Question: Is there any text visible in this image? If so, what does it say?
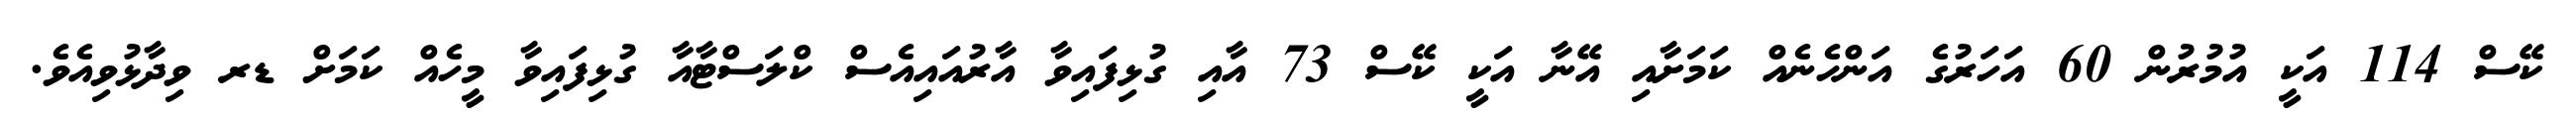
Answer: ކޭސް 114 އަކީ އުމުރުން 60 އަހަރުގެ އަންހެނެއް ކަމަށާއި އޭނާ އަކީ ކޭސް 73 އާއި ގުޅިފައިވާ އާރުއައިއެސް ކްލަސްޓާއާ ގުޅިފައިވާ މީހެއް ކަމަށް ޑރ ވިދާޅުވިއެވެ.